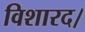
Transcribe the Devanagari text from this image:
विशारद।